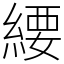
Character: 䌁